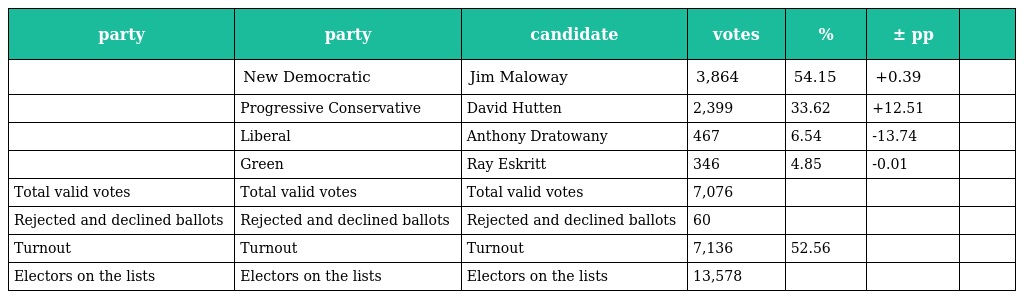
| party | party | candidate | votes | % | ± pp |  |
 | --- | --- | --- | --- | --- | --- | --- |
 |  | New Democratic | Jim Maloway | 3,864 | 54.15 | +0.39 |  |
 |  | Progressive Conservative | David Hutten | 2,399 | 33.62 | +12.51 |  |
 |  | Liberal | Anthony Dratowany | 467 | 6.54 | -13.74 |  |
 |  | Green | Ray Eskritt | 346 | 4.85 | -0.01 |  |
 | Total valid votes | Total valid votes | Total valid votes | 7,076 |  |  |  |
 | Rejected and declined ballots | Rejected and declined ballots | Rejected and declined ballots | 60 |  |  |  |
 | Turnout | Turnout | Turnout | 7,136 | 52.56 |  |  |
 | Electors on the lists | Electors on the lists | Electors on the lists | 13,578 |  |  |  |